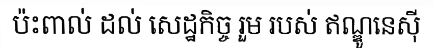
ប៉ះពាល់ ដល់ សេដ្ឋកិច្ច រួម របស់ ឥណ្ឌូនេស៊ី